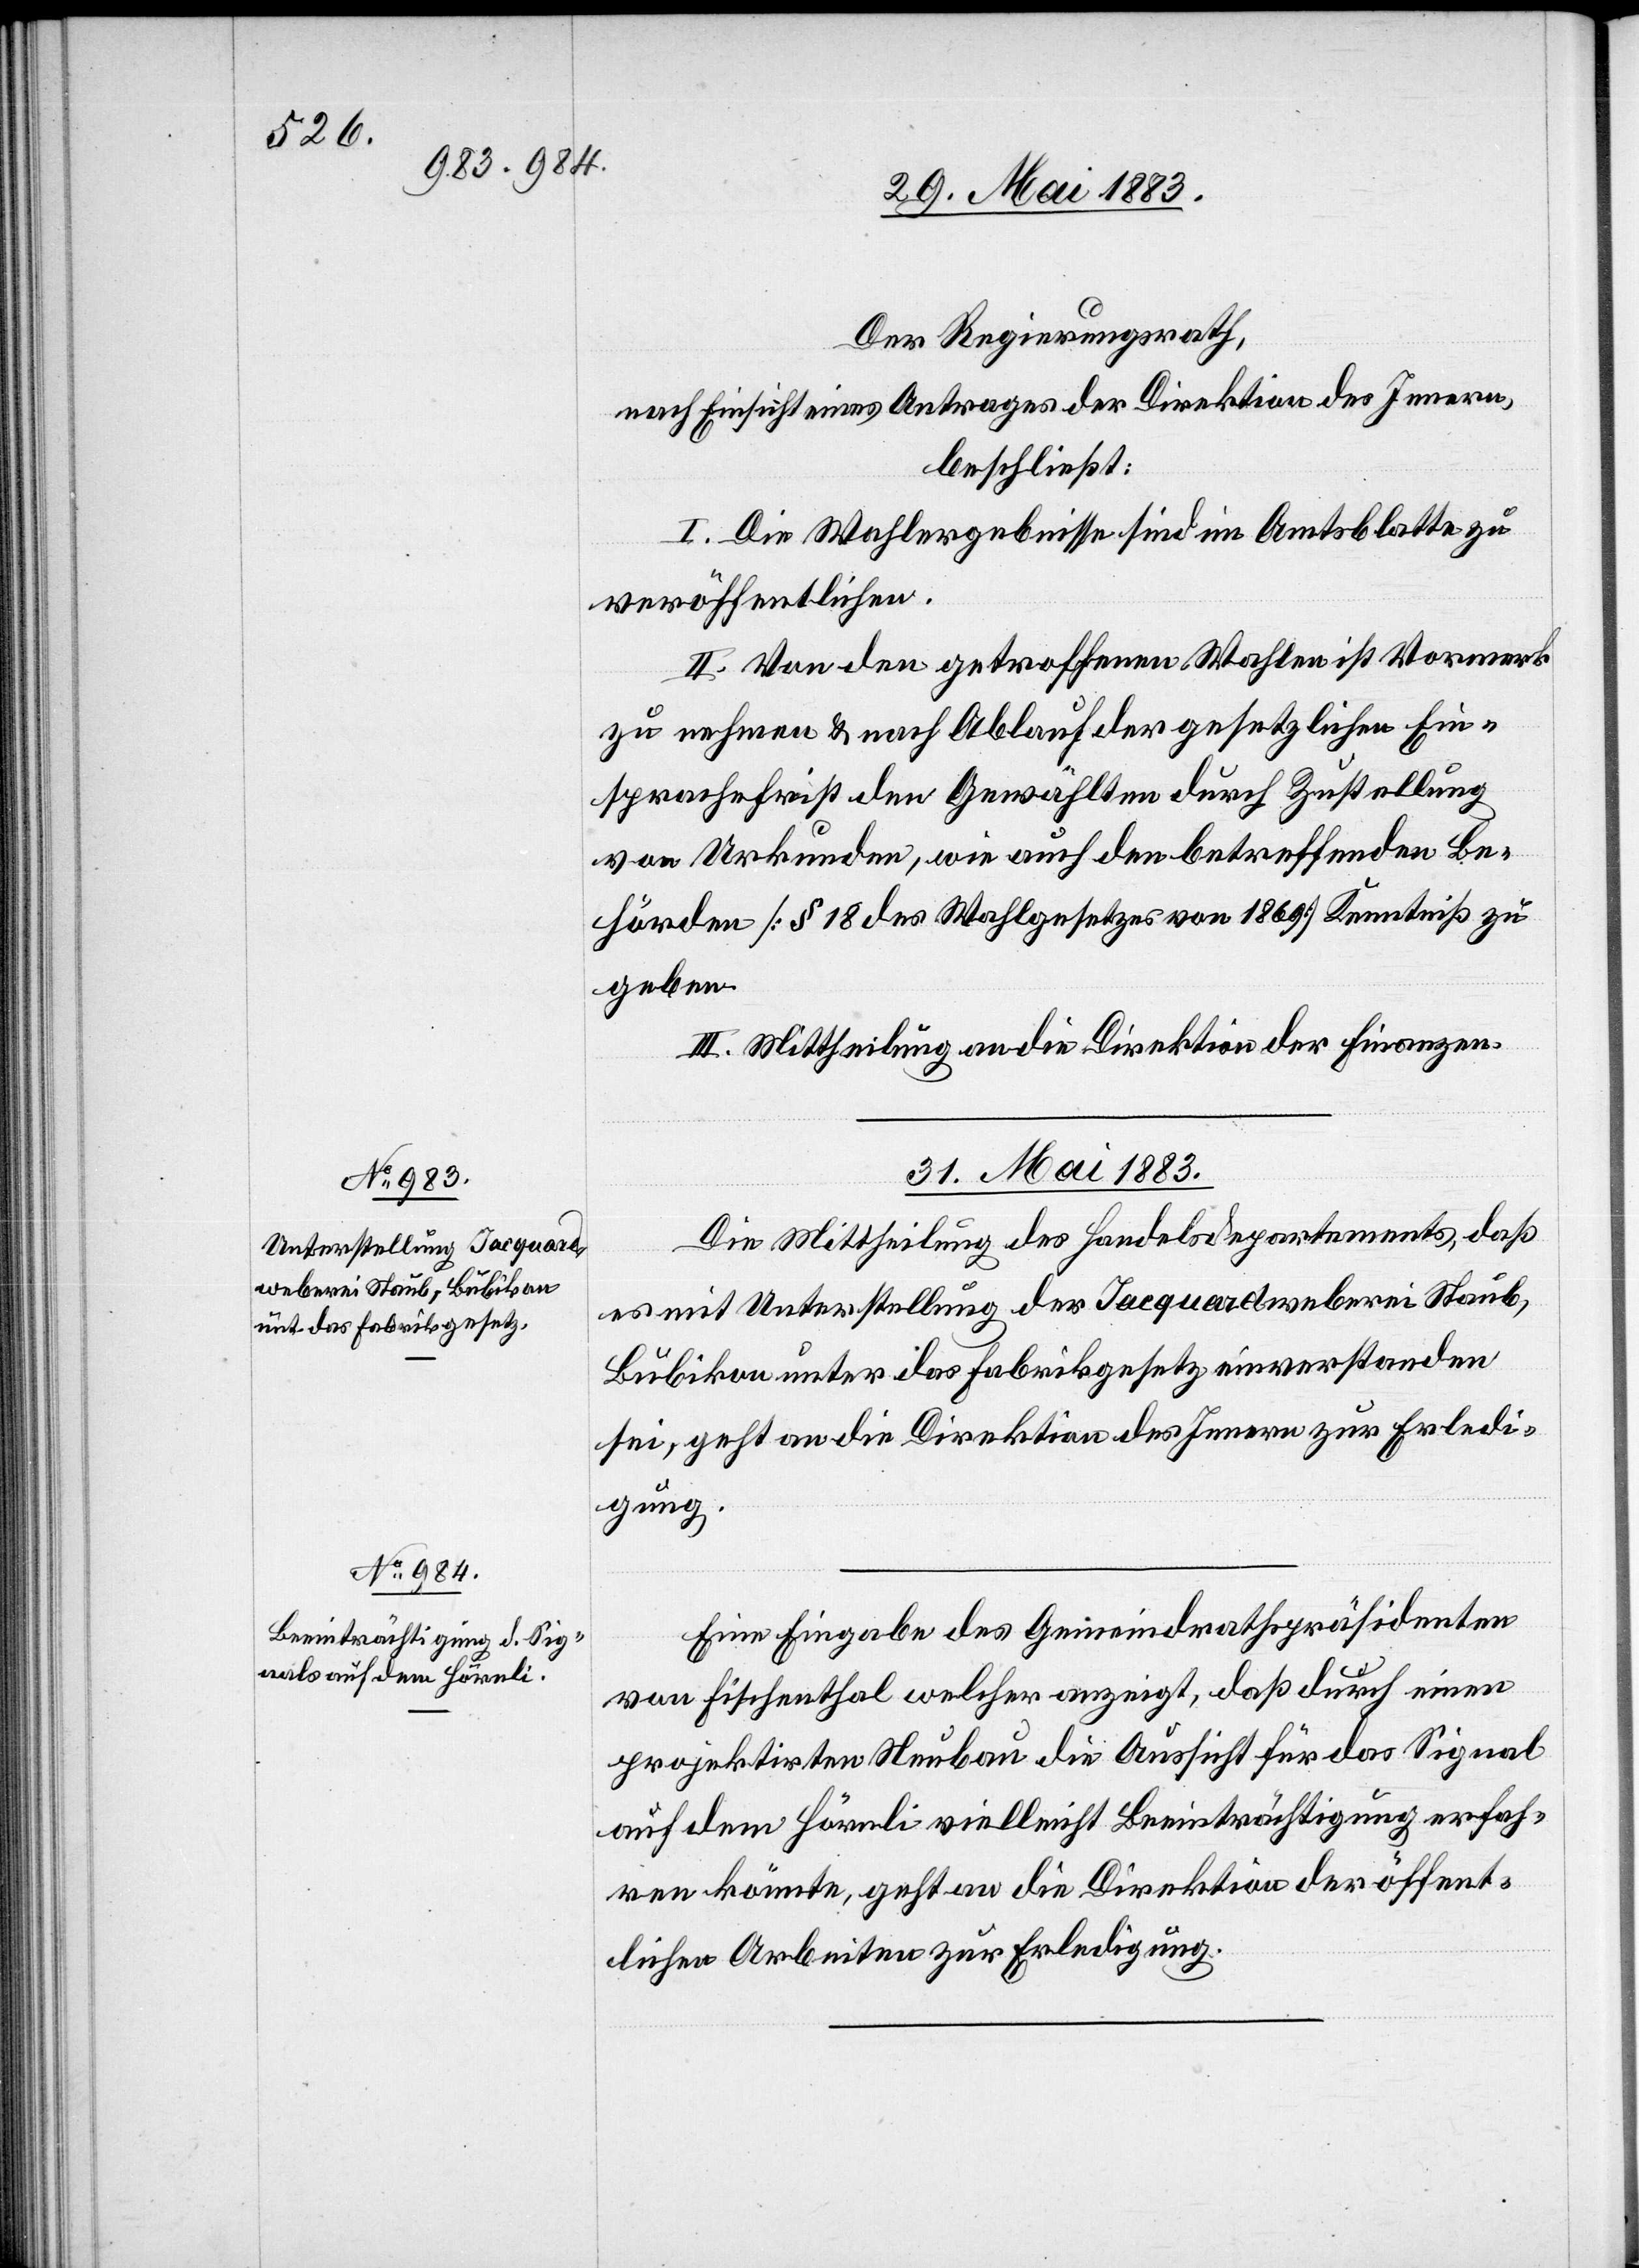
Der Regierungsrath,
nach Einsicht eines Antrages der Direktion des Innern,
beschließt:
I. Die Wahlergebnisse sind im Amtsblatte zu
veröffentlichen.
II. Von den getroffenen Wahlen ist Vormerk
zu nehmen & nach Ablauf der gesetzlichen Ein¬
sprachefrist den Gewählten durch Zustellung
von Urkunden, wie auch den betreffenden Be¬
hörden [§ 18 des Wahlgesetzes von 1869] Kenntniß zu
geben.
III. Mittheilung an die Direktion der Finanzen.
31. Mai 1883.]
Die Mittheilung des Handelsdepartementes, daß
es mit Unterstellung der Jacquardweberei Staub,
Bubikon unter das Fabrikgesetz einverstanden
sei, geht an die Direktion des Innern zur Erledi¬
gung.
Eine Eingabe des Gemeindrathspräsidenten
von Fischenthal welcher anzeigt, daß durch einen
projektirten Neubau die Aussicht für das Signal
auf dem Hörnli vielleicht Beeinträchtigung erfah¬
ren könnte, geht an die Direktion der öffent¬
lichen Arbeiten zur Erledigung.